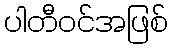
ပါတီဝင်အဖြစ်